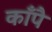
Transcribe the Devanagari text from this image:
काँपै